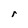
Character: r